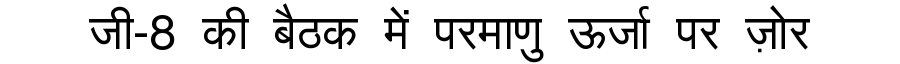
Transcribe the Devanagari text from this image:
जी-8 की बैठक में परमाणु ऊर्जा पर ज़ोर